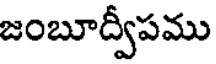
జంబూద్వీపము